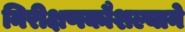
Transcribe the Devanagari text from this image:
निरीक्षणकौशल्याने